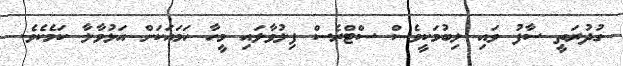
ގުދުރަތީ ސާފު ވައި ލިބުމަކީވެސް ސްޓްރެސް ފިލުވާލައި މީހާ ހަމައަކަށް އަޅުވާލާ ކަމެކެވެ.